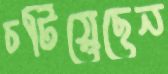
চটিয়েছেন